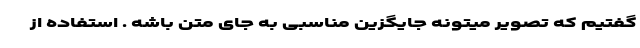
گفتیم که تصویر میتونه جایگزین مناسبی به جای متن باشه . استفاده از